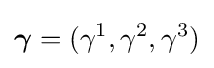
{\boldsymbol {\gamma }}=(\gamma ^{1},\gamma ^{2},\gamma ^{3})